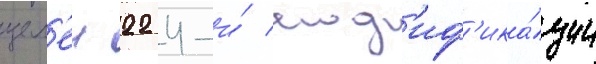
цел'еи 22 4-и́ мод'иф'ика́ции